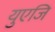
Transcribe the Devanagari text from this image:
युएजि